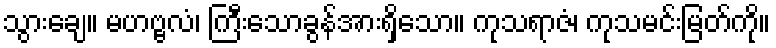
သွားချေ။ မဟဗ္ဗလံ၊ ကြီးသောခွန်အားရှိသော။ ကုသရာဇံ၊ ကုသမင်းမြတ်ကို။